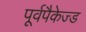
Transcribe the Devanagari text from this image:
पूर्वपैकेज्ड